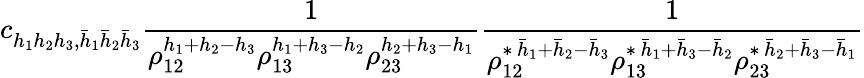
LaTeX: c_{h_{1}h_{2}h_{3},\bar{h}_{1}\bar{h}_{2}\bar{h}_{3}}\frac{1}{\rho_{12}^{h_{1}+h_{2}-h_{3}}\rho_{13}^{h_{1}+h_{3}-h_{2}}\rho_{23}^{h_{2}+h_{3}-h_{1}}}\frac{1}{\rho_{12}^{\ast\, \bar{h}_{1}+\bar{h}_{2}-\bar{h}_{3}}\rho_{13}^{\ast\, \bar{h}_{1}+\bar{h}_{3}-\bar{h}_{2}}\rho_{23}^{\ast\, \bar{h}_{2}+\bar{h}_{3}-\bar{h}_{1}}}